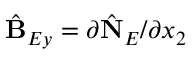
\hat { \bf B } _ { E y } = \partial \hat { \bf N } _ { E } / \partial x _ { 2 }